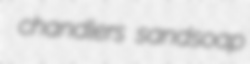
chandlers sandsoap